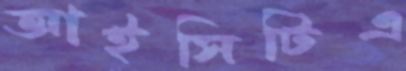
আইসিটিএ